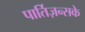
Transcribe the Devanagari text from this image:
पार्तिज़न्सके